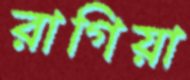
রাগিয়া